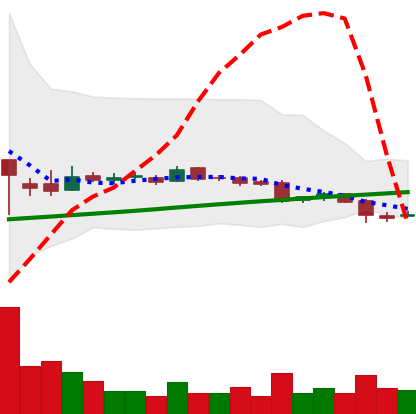
Ticker: LTC-USD
Chart end date: 2016-07-28
Forward return: -8.271%
Label: down_7plus